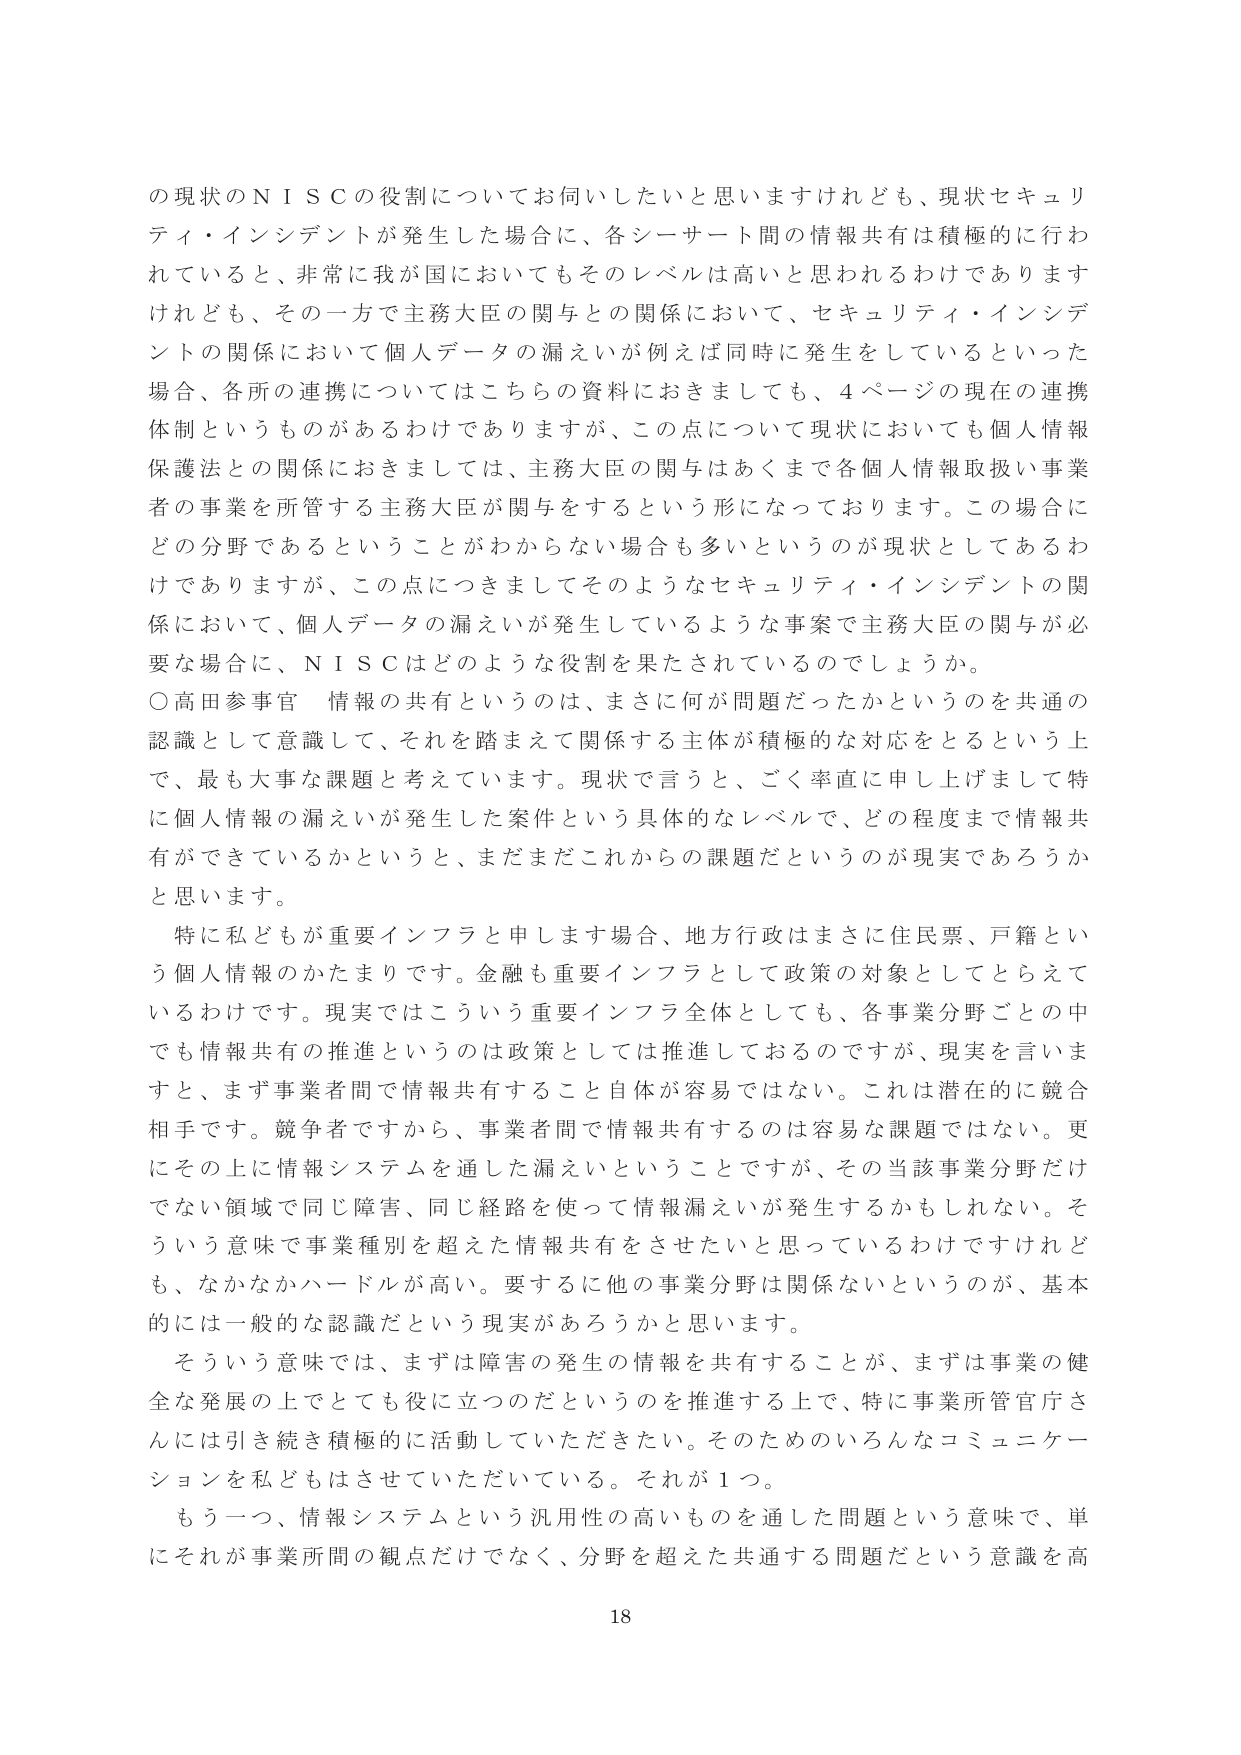
の現状のＮＩＳＣの役割についてお伺いしたいと思いますけれども、現状セキュリティ・インシデントが発生した場合に、各シーサート間の情報共有は積極的に行われていると、非常に我が国においてもそのレベルは高いと思われるわけでありますけれども、その一方で主務大臣の関与との関係において、セキュリティ・インシデントの関係において個人データの漏えいが例えば同時に発生をしているといった場合、各所の連携についてはこちらの資料におきましても、４ページの現在の連携体制というものがあるわけでありますが、この点について現状においても個人情報保護法との関係におきましては、主務大臣の関与はあくまで各個人情報取扱い事業者の事業を所管する主務大臣が関与をするという形になっております。この場合にどの分野であるということがわからない場合も多いというのが現状としてあるわけでありますが、この点につきましてそのようなセキュリティ・インシデントの関係において、個人データの漏えいが発生しているような事案で主務大臣の関与が必要な場合に、ＮＩＳＣはどのような役割を果たされているのでしょうか。

○高田参事官　情報の共有というのは、まさに何が問題だったかというのを共通の認識として意識して、それを踏まえて関係する主体が積極的な対応をとるという上で、最も大事な課題と考えています。現状で言うと、ごく率直に申し上げまして特に個人情報の漏えいが発生した案件という具体的なレベルで、どの程度まで情報共有ができているかというと、まだまだこれから の課題だというのが現実であろうかと思います。

特に私どもが重要インフラと申します場合、地方行政はまさに住民票、戸籍という個人情報のかたまりです。金融も重要インフラとして政策の対象としてとらえているわけです。現実ではこういう重要インフラ全体としても、各事業分野ごとの中でも情報共有の推進というのは政策としては推進しておるのですが、現実を言いますと、まず事業者間で情報共有すること自体が容易ではない。これは潜在的に競合相手です。競争者ですから、事業者間で情報共有するのは容易な課題ではない。更にその上に情報システムを通した漏えいということですが、その当該事業分野だけではない領域で同じ障害、同じ経路を使って情報漏えいが発生するかもしれない。そういう意味で事業種別を超えた情報共有をさせたいと思っているわけですがけれども、なかなかハードルが高い。要するに他の事業分野は関係ないというのが、基本的には一般的な認識だという現実があろうかと思います。

そういう意味では、まずは障害の発生の情報を共有することが、まずは事業の健全な発展の上でも役に立つのだというのを推進する上で、特に事業所管官庁さんには引き続き積極的に活動していただきたい。そのためのいろんなコミュニケーションを私どもはさせていただいている。それが１つ。

もう一つ、情報システムという汎用性の高いものを通した問題という意味で、単にそれが事業所間の観点だけでなく、分野を超えた共通する問題だという意識を高

18